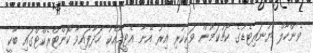
ވެންހާލް ޔުނައިޓެޑުގެ ކޯޗުކަމުން ވަކިކުރި އިރު އޭނާ އެޓީމާއެކު ހަދާފައިވާ ކޮންޓްރެކްޓްގައި ބާކީ